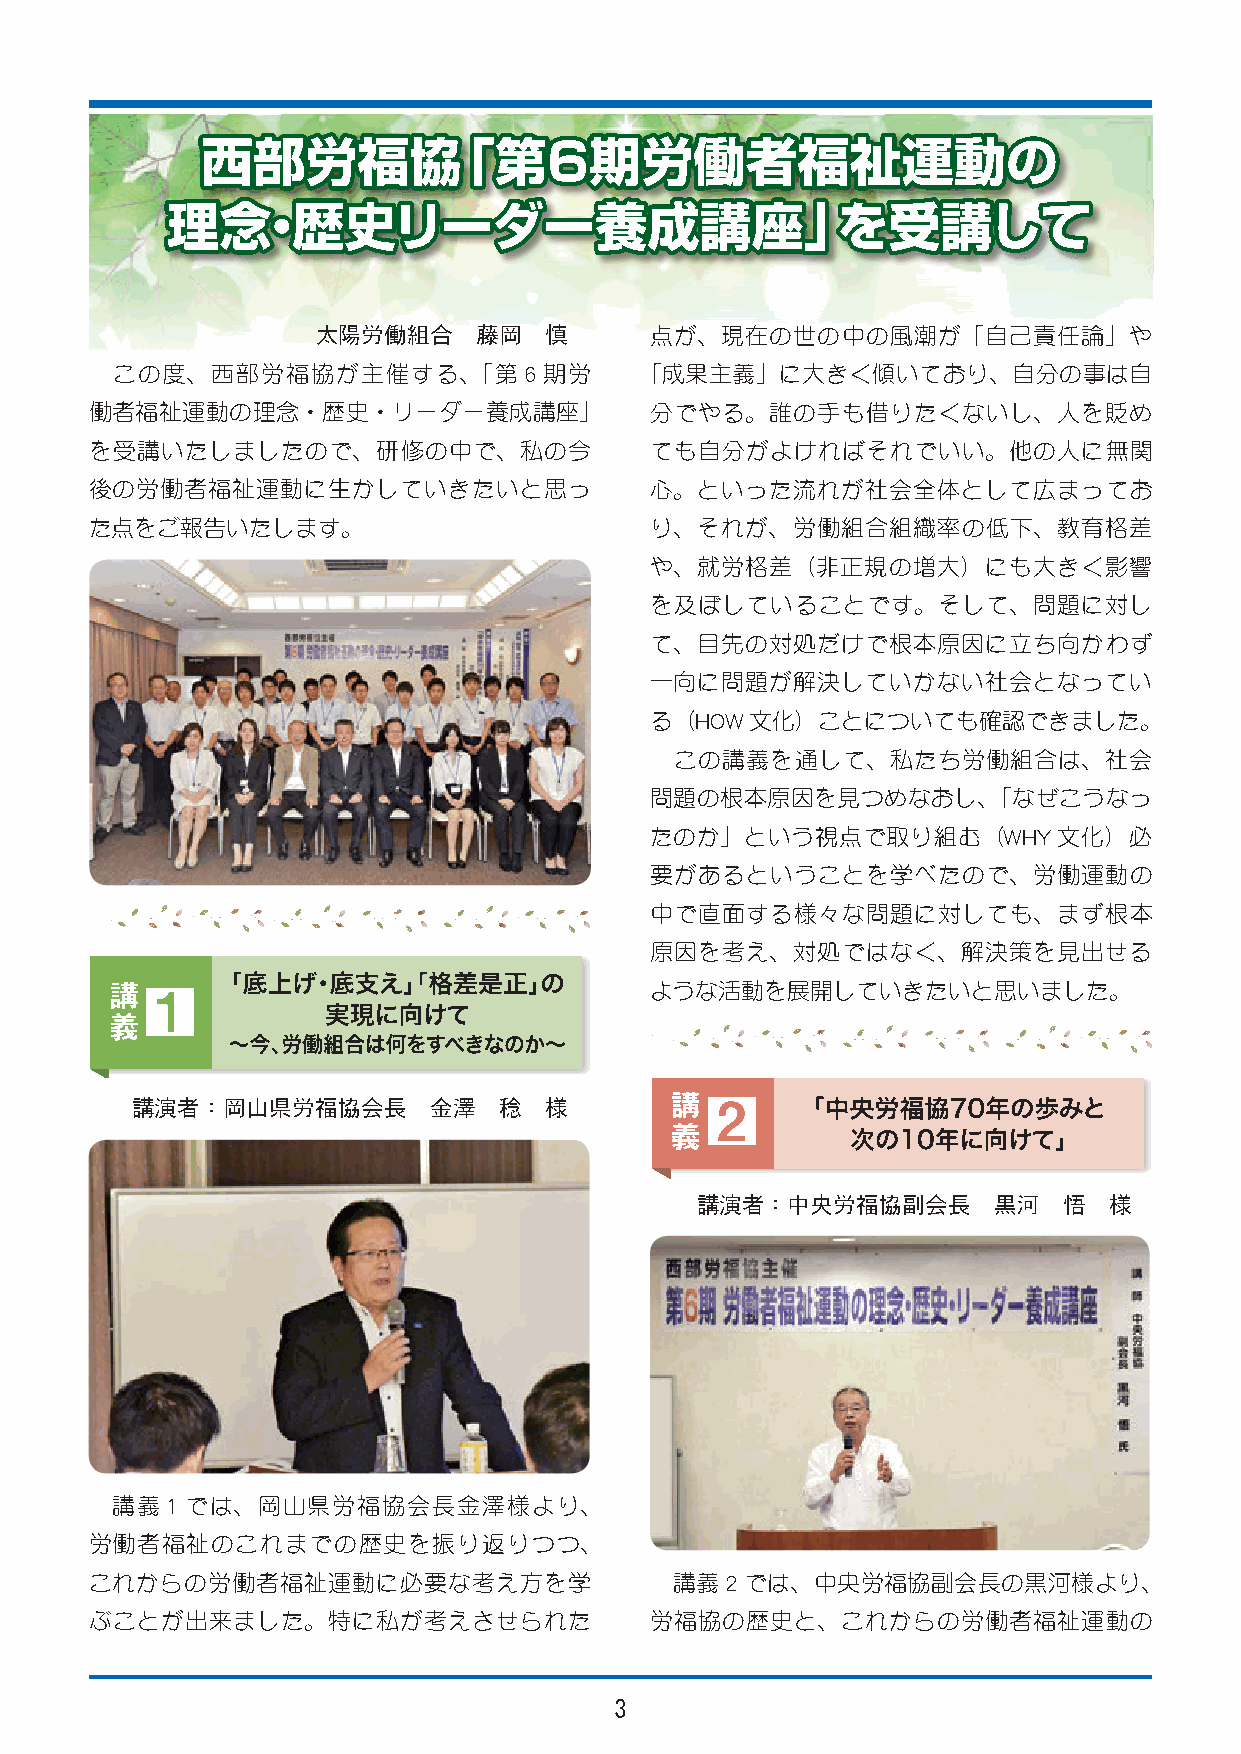
太陽労働組合     藤岡  慎      点が、現在の世の中の風潮が「自己責任論」や
 この度、西部労福協が主催する、「第6期労              「成果主義」に大きく傾いており、自分の事は自
 働者福祉運動の理念・歴史・リーダー養成講座」               分でやる。誰の手も借りたくないし、人を貶め
 を受講いたしましたので、研修の中で、私の今                ても自分がよければそれでいい。他の人に無関
 後の労働者福祉運動に生かしていきたいと思っ                心。といった流れが社会全体として広まってお
 た点をご報告いたします。                         り、それが、労働組合組織率の低下、教育格差
 や、就労格差（非正規の増大）にも大きく影響
 を及ぼしていることです。そして、問題に対し
 て、目先の対処だけで根本原因に立ち向かわず
 一向に問題が解決していかない社会となってい
 る（HOW文化）ことについても確認できました。
 この講義を通して、私たち労働組合は、社会
 問題の根本原因を見つめなおし、「なぜこうなっ
 たのか」という視点で取り組む（WHY文化）必
 要があるということを学べたので、労働運動の
 中で直面する様々な問題に対しても、まず根本
 原因を考え、対処ではなく、解決策を見出せる
 ような活動を展開していきたいと思いました。
 講演者：岡山県労福協会長       金澤   稔  様
 講演者：中央労福協副会長        黒河  悟  様
 講義1では、岡山県労福協会長金澤様より、
 労働者福祉のこれまでの歴史を振り返りつつ、
 これからの労働者福祉運動に必要な考え方を学                  講義2では、中央労福協副会長の黒河様より、
 ぶことが出来ました。特に私が考えさせられた                労福協の歴史と、これからの労働者福祉運動の